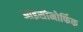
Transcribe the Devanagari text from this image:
आइसोमोर्फिक